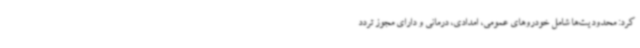
کرد: محدودیت‌ها شامل خودروهای عمومی، امدادی، درمانی و دارای مجوز تردد